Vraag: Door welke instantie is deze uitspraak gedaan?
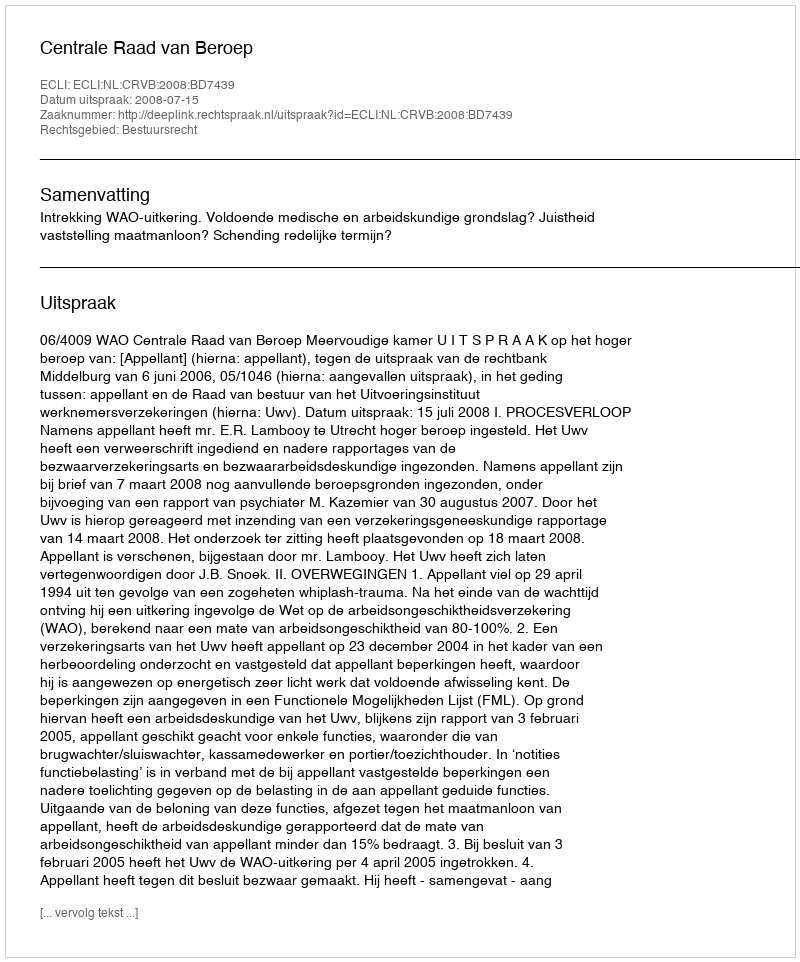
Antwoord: Centrale Raad van Beroep